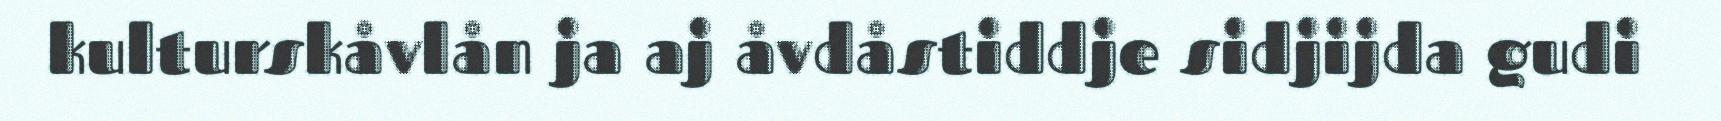
kulturskåvlån ja aj åvdåstiddje sidjijda gudi